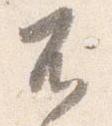
不